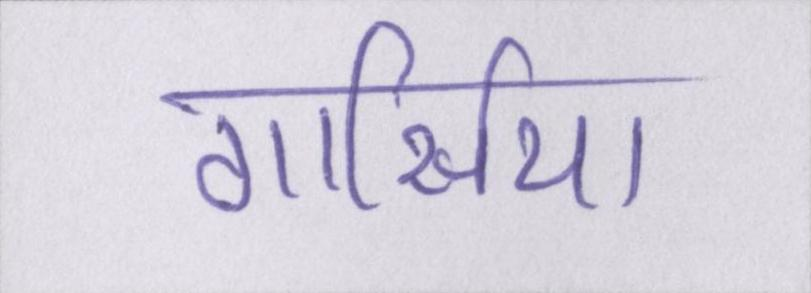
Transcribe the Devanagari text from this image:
गार्सिया